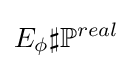
E_{\phi }\sharp \mathbb {P} ^{real}